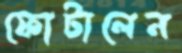
ফোটালেন